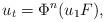
LaTeX: \begin{align*}u_t=\Phi^n (u_1F),\ \end{align*}